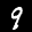
Label: 9